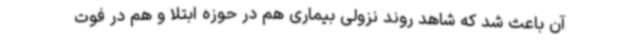
آن باعث شد که شاهد روند نزولی بیماری هم در حوزه ابتلا و هم در فوت